Report of the Municipal Commissioner on the plague in Bombay for the year ending 31st May... - Volume 1
Disease focus: Plague
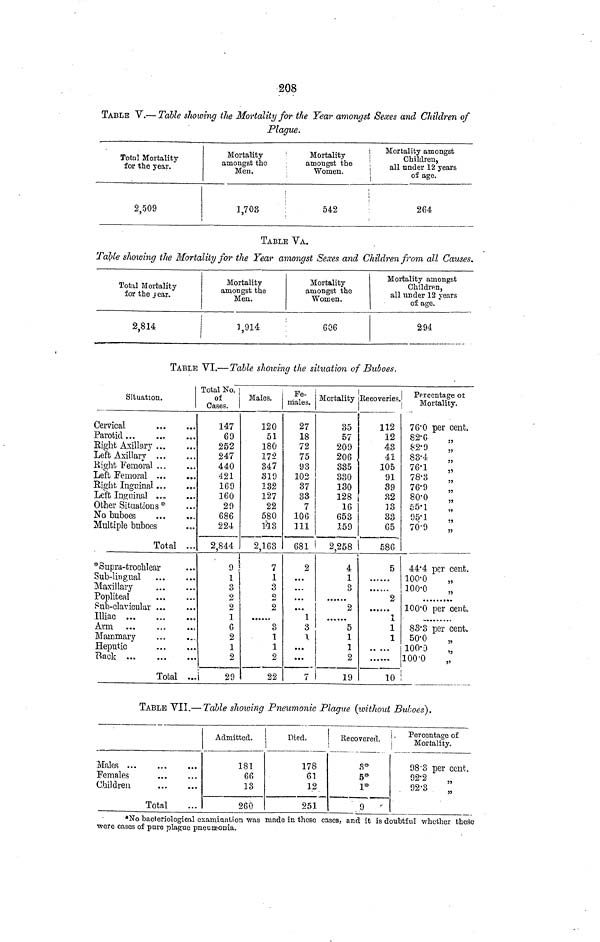
208
TABLE V.— Table showing the Mortality for the Year amongst Sexes and Children of
Plague.
Total Mortality
for the year.
2,509
Mortality
amongst the
Men.
1,703
Mortality
amongst the
Women.
542
Mortality amongst
Children,
all under 12 years
of age.
264
TABLE VA.
Tatye showing the Mortality for the Year amongst Sexes and Children from all Causes.
Total Mortality
for the year.
2,814
Mortality
amongst the
Men.
1,914
Mortality
amongst the
Women.
606
Mortality amongst
Children,
all under 12 years
of age.
294
TABLE VI.—Table showing the situation of Buboes.
Situation.
Cervical
Parotid ...
Eight Axillary
Left Axillary
Eight Femoral
Left Femoral
Right Inguinal
Left Inguinal
...
...
...
...
• a»
·..
«OS
Other Situations*
No buboes
...
Multiple buboes
Total
*Supra-trochlear
Sub-lingual
Maxillary
Popliteal
Sub-clavicular
Illiac ...
Arm
Mammary
Heputic
Back ...
...
...
...
...
...
.,,
...
...
...
Total
.„.
...
...
• · ·
··.
·«·
··.
...
0c.
..0,
• 3.
...
...
...
...
...
.a*
...
...
...
...
Total No.
of
Cases.
147
69
252
247
440
421
169
160
29
686
224
2,844
Males.
120
51
180
172
347
319
132
127
22
580
113
2,163
1
9 ¡
7
1
3
2
2
1
6
2
1
2
...
29
1
3
2
2
......
3
1
1
2
22
Fe-
males.
27
18
72
75
93
102
37
33
7
106
111
681
2
...
...
...
Mortality
35
57
209
206
335
330
130
128
16
653
.159
2,258
4
1
3
..,„..
... |
2
1
3
1.
...
...
7
5
1
ι
2
19
Eecoveries.
112
12
43
41
105
91
39
32
18
33
65
586
5
2
1
1
1
Percentage ot
Mortality.
76·0 per cent.
82·6
„
82·9
„
83·4
„
76·1
„
78·3
76·9
„
80·0
„
55·1
95·1
„
70·9
44·4 per cent.
100·0
„
100·0
100·0 per cent.
83·3 per cent.
50·0
100·0
„
100·0
„
10
TABLE VII.— Table showing Pneumonic Plague (without Buboes).
Mains ...
Females
Children
...
Total
...
...
Admitted.
181
66
13
260
Died.
178
61
12
251
Recovered.
8 0
5
0
1
0
9
Percentage of
Mortality.
98-3 per cent.
92-2
92-3
„
*No bacteriological examination was made in these eases, and it is doubtful whether these
were cases of pure plague pneumonia.